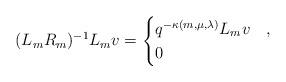
LaTeX: \begin{align*}(L_mR_m)^{-1}L_m v = \begin{cases}q^{-\kappa(m,\mu,\lambda)}L_mv & , \\0 & \end{cases}\end{align*}